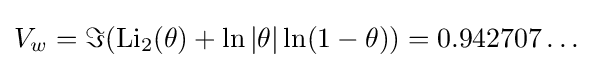
V_{w}=\Im ({\rm {{Li}_{2}(\theta )+\ln |\theta |\ln(1-\theta ))=0.942707\dots }}